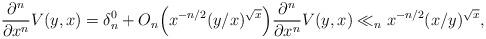
LaTeX: \begin{align*}\frac{\partial^n}{\partial x^n} V(y,x) = \delta_n^0 + O_n \Big( x^{-n/2} (y/x)^{\sqrt{x}} \Big) \frac{\partial^n}{\partial x^n} V(y,x) \ll_n x^{-n/2} (x/y)^{\sqrt{x}},\end{align*}